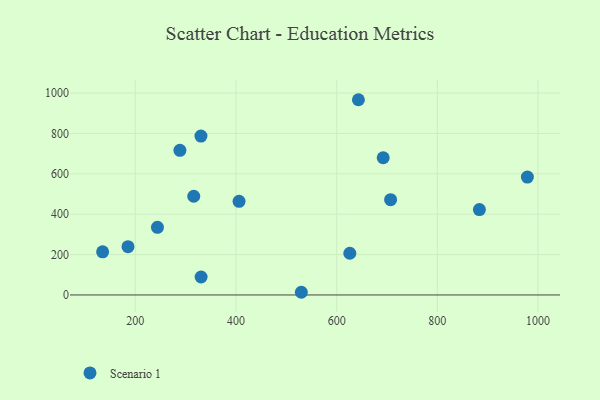
{"axis": {"x": "Engine Size", "y": "Sales"}, "legend": ["Scenario 1"], "data": [{"x": "626.1", "y": 206.6, "type": "Scenario 1"}, {"x": "707.1", "y": 471.9, "type": "Scenario 1"}, {"x": "330.4", "y": 786.9, "type": "Scenario 1"}, {"x": "692.4", "y": 679.5, "type": "Scenario 1"}, {"x": "330.7", "y": 88.9, "type": "Scenario 1"}, {"x": "288.6", "y": 716.2, "type": "Scenario 1"}, {"x": "978.8", "y": 583.7, "type": "Scenario 1"}, {"x": "185.5", "y": 239.0, "type": "Scenario 1"}, {"x": "316.1", "y": 488.9, "type": "Scenario 1"}, {"x": "406.1", "y": 463.6, "type": "Scenario 1"}, {"x": "135.1", "y": 213.4, "type": "Scenario 1"}, {"x": "883.5", "y": 422.8, "type": "Scenario 1"}, {"x": "643.2", "y": 966.9, "type": "Scenario 1"}, {"x": "244.0", "y": 335.1, "type": "Scenario 1"}, {"x": "529.8", "y": 13.3, "type": "Scenario 1"}]}